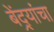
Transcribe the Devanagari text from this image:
बेंद्र्यांचा